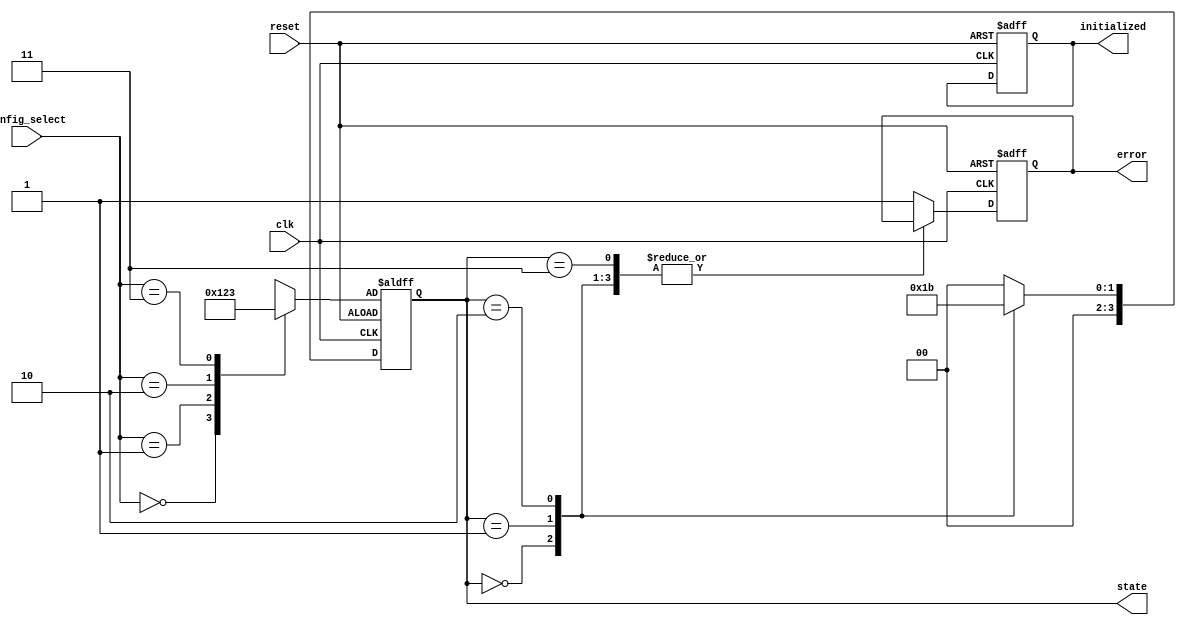
module StateInitialization (
    input wire clk,                   // Clock signal
    input wire reset,                 // Reset signal (active-high)
    input wire [1:0] config_select,   // Configuration select (2-bit input for multiple configs)
    output reg [3:0] state,           // State output (4-bit representation)
    output reg initialized,           // Status flag indicating initialized state
    output reg error                  // Status flag indicating an error
);

    // Define state encoding (can be modified as per requirements)
    localparam S0 = 4'b0000; // State 0
    localparam S1 = 4'b0001; // State 1
    localparam S2 = 4'b0010; // State 2
    localparam S3 = 4'b0011; // State 3

    // Default state (predefined configuration)
    reg [3:0] initial_state;

    // State initialization based on configuration input
    always @(*) begin
        case (config_select)
            2'b00: initial_state = S0; // Default state
            2'b01: initial_state = S1; // Config 1
            2'b10: initial_state = S2; // Config 2
            2'b11: initial_state = S3; // Config 3
            default: initial_state = S0; // Fallback
        endcase
    end

    // State transition logic
    always @(posedge clk or posedge reset) begin
        if (reset) begin
            state <= initial_state; // Initialize state on reset
            initialized <= 1'b1;     // Set initialized flag
            error <= 1'b0;           // Clear error flag
        end else begin
            // State transition logic (for example, move to the next state based on current state)
            // Example code for state transition (can be modified based on requirements)
            case (state)
                S0: state <= S1; // Transition rules (dummy example)
                S1: state <= S2; // Transition rules (dummy example)
                S2: state <= S3; // Transition rules (dummy example)
                S3: state <= S0; // Transition rules (dummy example)
                default: begin
                    state <= S0;   // Fallback to a safe state if undefined
                    error <= 1'b1; // Flag error on unexpected state
                end
            endcase
        end
    end

endmodule